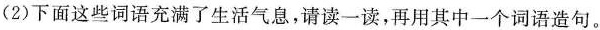
（2）下面这些词语充满了生活气息，请读一读，再用其中一个词语造句。